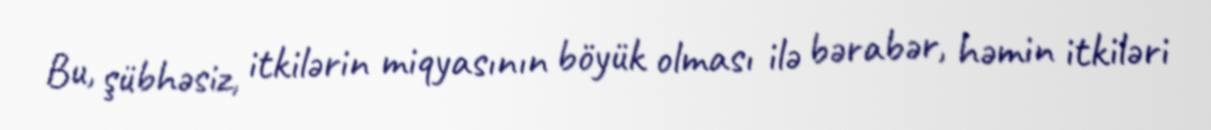
Bu, şübhəsiz, itkilərin miqyasının böyük olması ilə bərabər, həmin itkiləri